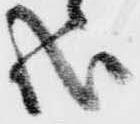
哉